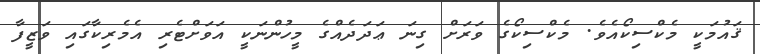
ޤައުުމަކީ މެކްސިކޯއެވެ. މެކްސިކޯގެ ވަރަށް ގިނަ ޢަދަދެއްގެ މީހުންނަކީ އަވަށްޓެރި އެމެރިކާގައި ވަޒީފާ